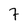
Character: 7